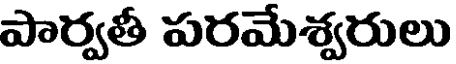
పార్వతీ పరమేశ్వరులు